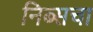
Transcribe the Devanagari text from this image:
निब्सचा